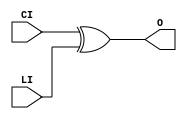
///////////////////////////////////////////////////////////////////////////////
// Copyright (c) 1995/2004 Xilinx, Inc.
// All Right Reserved.
///////////////////////////////////////////////////////////////////////////////
//   ____  ____
//  /   /\/   /
// /___/  \  /    Vendor : Xilinx
// \   \   \/     Version : 10.1
//  \   \         Description : Xilinx Functional Simulation Library Component
//  /   /                  XOR for Carry Logic with General Output
// /___/   /\     Filename : XORCY.v
// \   \  /  \    Timestamp : Thu Mar 25 16:43:42 PST 2004
//  \___\/\___\
//
// Revision:
//    03/23/04 - Initial version.
//    05/23/07 - Changed timescale to 1 ps / 1 ps.

`timescale  1 ps / 1 ps


`celldefine

module XORCY (O, CI, LI);


`ifdef XIL_TIMING

    parameter LOC = "UNPLACED";

`endif

    
    output O;

    input  CI, LI;

	xor X1 (O, CI, LI);

`ifdef XIL_TIMING

    specify
        
        (CI => O) = (0:0:0, 0:0:0);
        (LI => O) = (0:0:0, 0:0:0);
        specparam PATHPULSE$ = 0;
        
    endspecify

`endif
    
endmodule

`endcelldefine